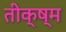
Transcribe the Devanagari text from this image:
तीक्ष्म